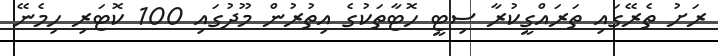
ރަށު ތެރޭގައި ތަރައްގީކުރާ ސިޓީ ހޮޓާތަކުގެ އިތުރުން މޫދުގައި 100 ކޮޓަރި ހިމެނޭ